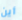
أين